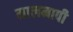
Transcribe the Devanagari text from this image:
मालमापी